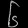
Digit: ၆